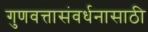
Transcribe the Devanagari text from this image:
गुणवत्तासंवर्धनासाठी